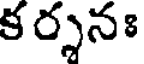
క ర్శనః